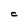
Character: C